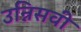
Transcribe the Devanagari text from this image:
उन्निसवी